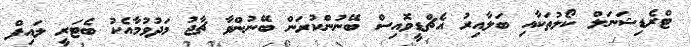
ޓްރެޑިޝަނަލް ކޯލުތަކާއި ބަލާއިރު އެޗްޑީވޮއިސް ބޭނުންކުރަން ބޭނުންވާ ޗާޖު މަދުވުމާއެކު ބެޓަރީ ލައިފް